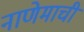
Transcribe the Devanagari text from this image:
नाणेमाची